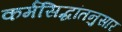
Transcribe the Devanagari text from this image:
कर्मसिद्धांतनुसार